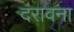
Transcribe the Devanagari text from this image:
दरावना